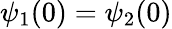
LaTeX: \psi_{1}(0)=\psi_{2}(0)